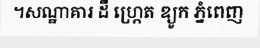
។សណ្ឋាគារ ដឺ ហ្ក្រេត ឌ្យូក ភ្នំពេញ